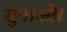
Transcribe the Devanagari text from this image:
सुनाओ।